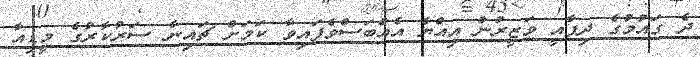
ދެ ގައުމުގެ ދިފާއީ ވަޒީރުން އިއްޔެ އެއްބަސްވެފައިވާ ކަމަށް ޗައިނާ ސަރުކާރުގެ މީޑިއާ